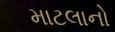
માટલાનો